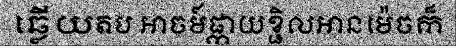
ឆ្លើយតប អាចម៍ផ្កាយខ្ជិលអានម៉េចក៏